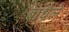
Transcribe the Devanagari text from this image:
बांधेले